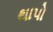
થાપો